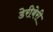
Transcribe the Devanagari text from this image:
डेरीबेरी